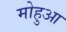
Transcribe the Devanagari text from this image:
मोहुआ